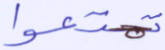
تمتعوا